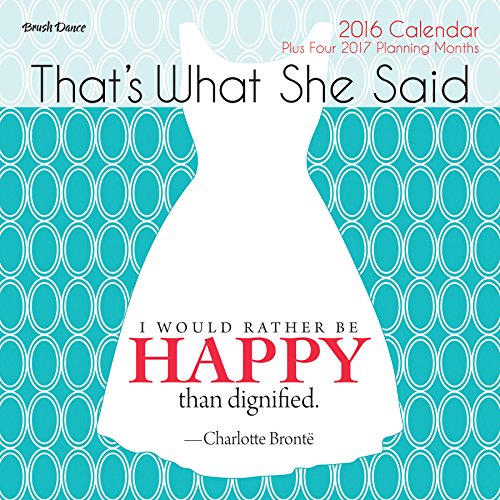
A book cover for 2016 That's What She Said Wall Calendar; Brush Dance; Calendars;